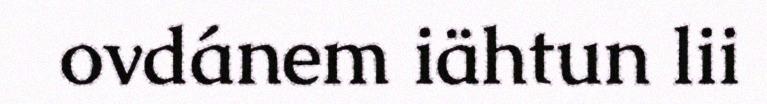
ovdánem iähtun lii